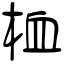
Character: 桖